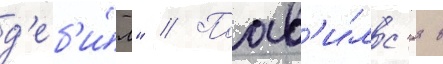
д'еб'и́л" // Поав'и́лс'я в